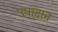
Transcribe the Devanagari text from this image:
उपादानं